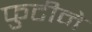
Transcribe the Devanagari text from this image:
फुटीने